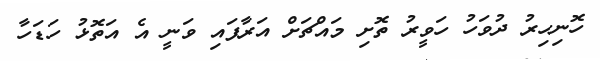
ހޮނިހިރު ދުވަހު ހަވީރު ތޮށި މައްޗަށް އަރާފައި ވަނީ އެ އަތޮޅު ހަޑަހާ